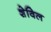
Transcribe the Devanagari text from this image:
शेविल